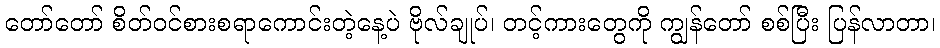
တော်တော် စိတ်ဝင်စားစရာကောင်းတဲ့နေ့ပဲ ဗိုလ်ချုပ်၊ တင့်ကားတွေကို ကျွန်တော် စစ်ပြီး ပြန်လာတာ၊